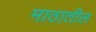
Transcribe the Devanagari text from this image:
माठातील